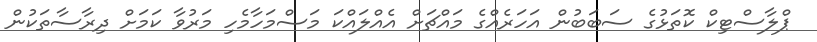
ޕްލާސްޓިކް ކޮތަޅުގެ ސަބަބުން އަހަރެއްގެ މައްޗަށް އެއްލައްކަ މަސްމަހާމެހި މަރުވާ ކަމަށް ދިރާސާތަކުން